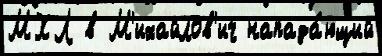
МХЛ в М'ихайлов'ич напада́ющий